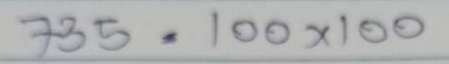
735 = 100x100